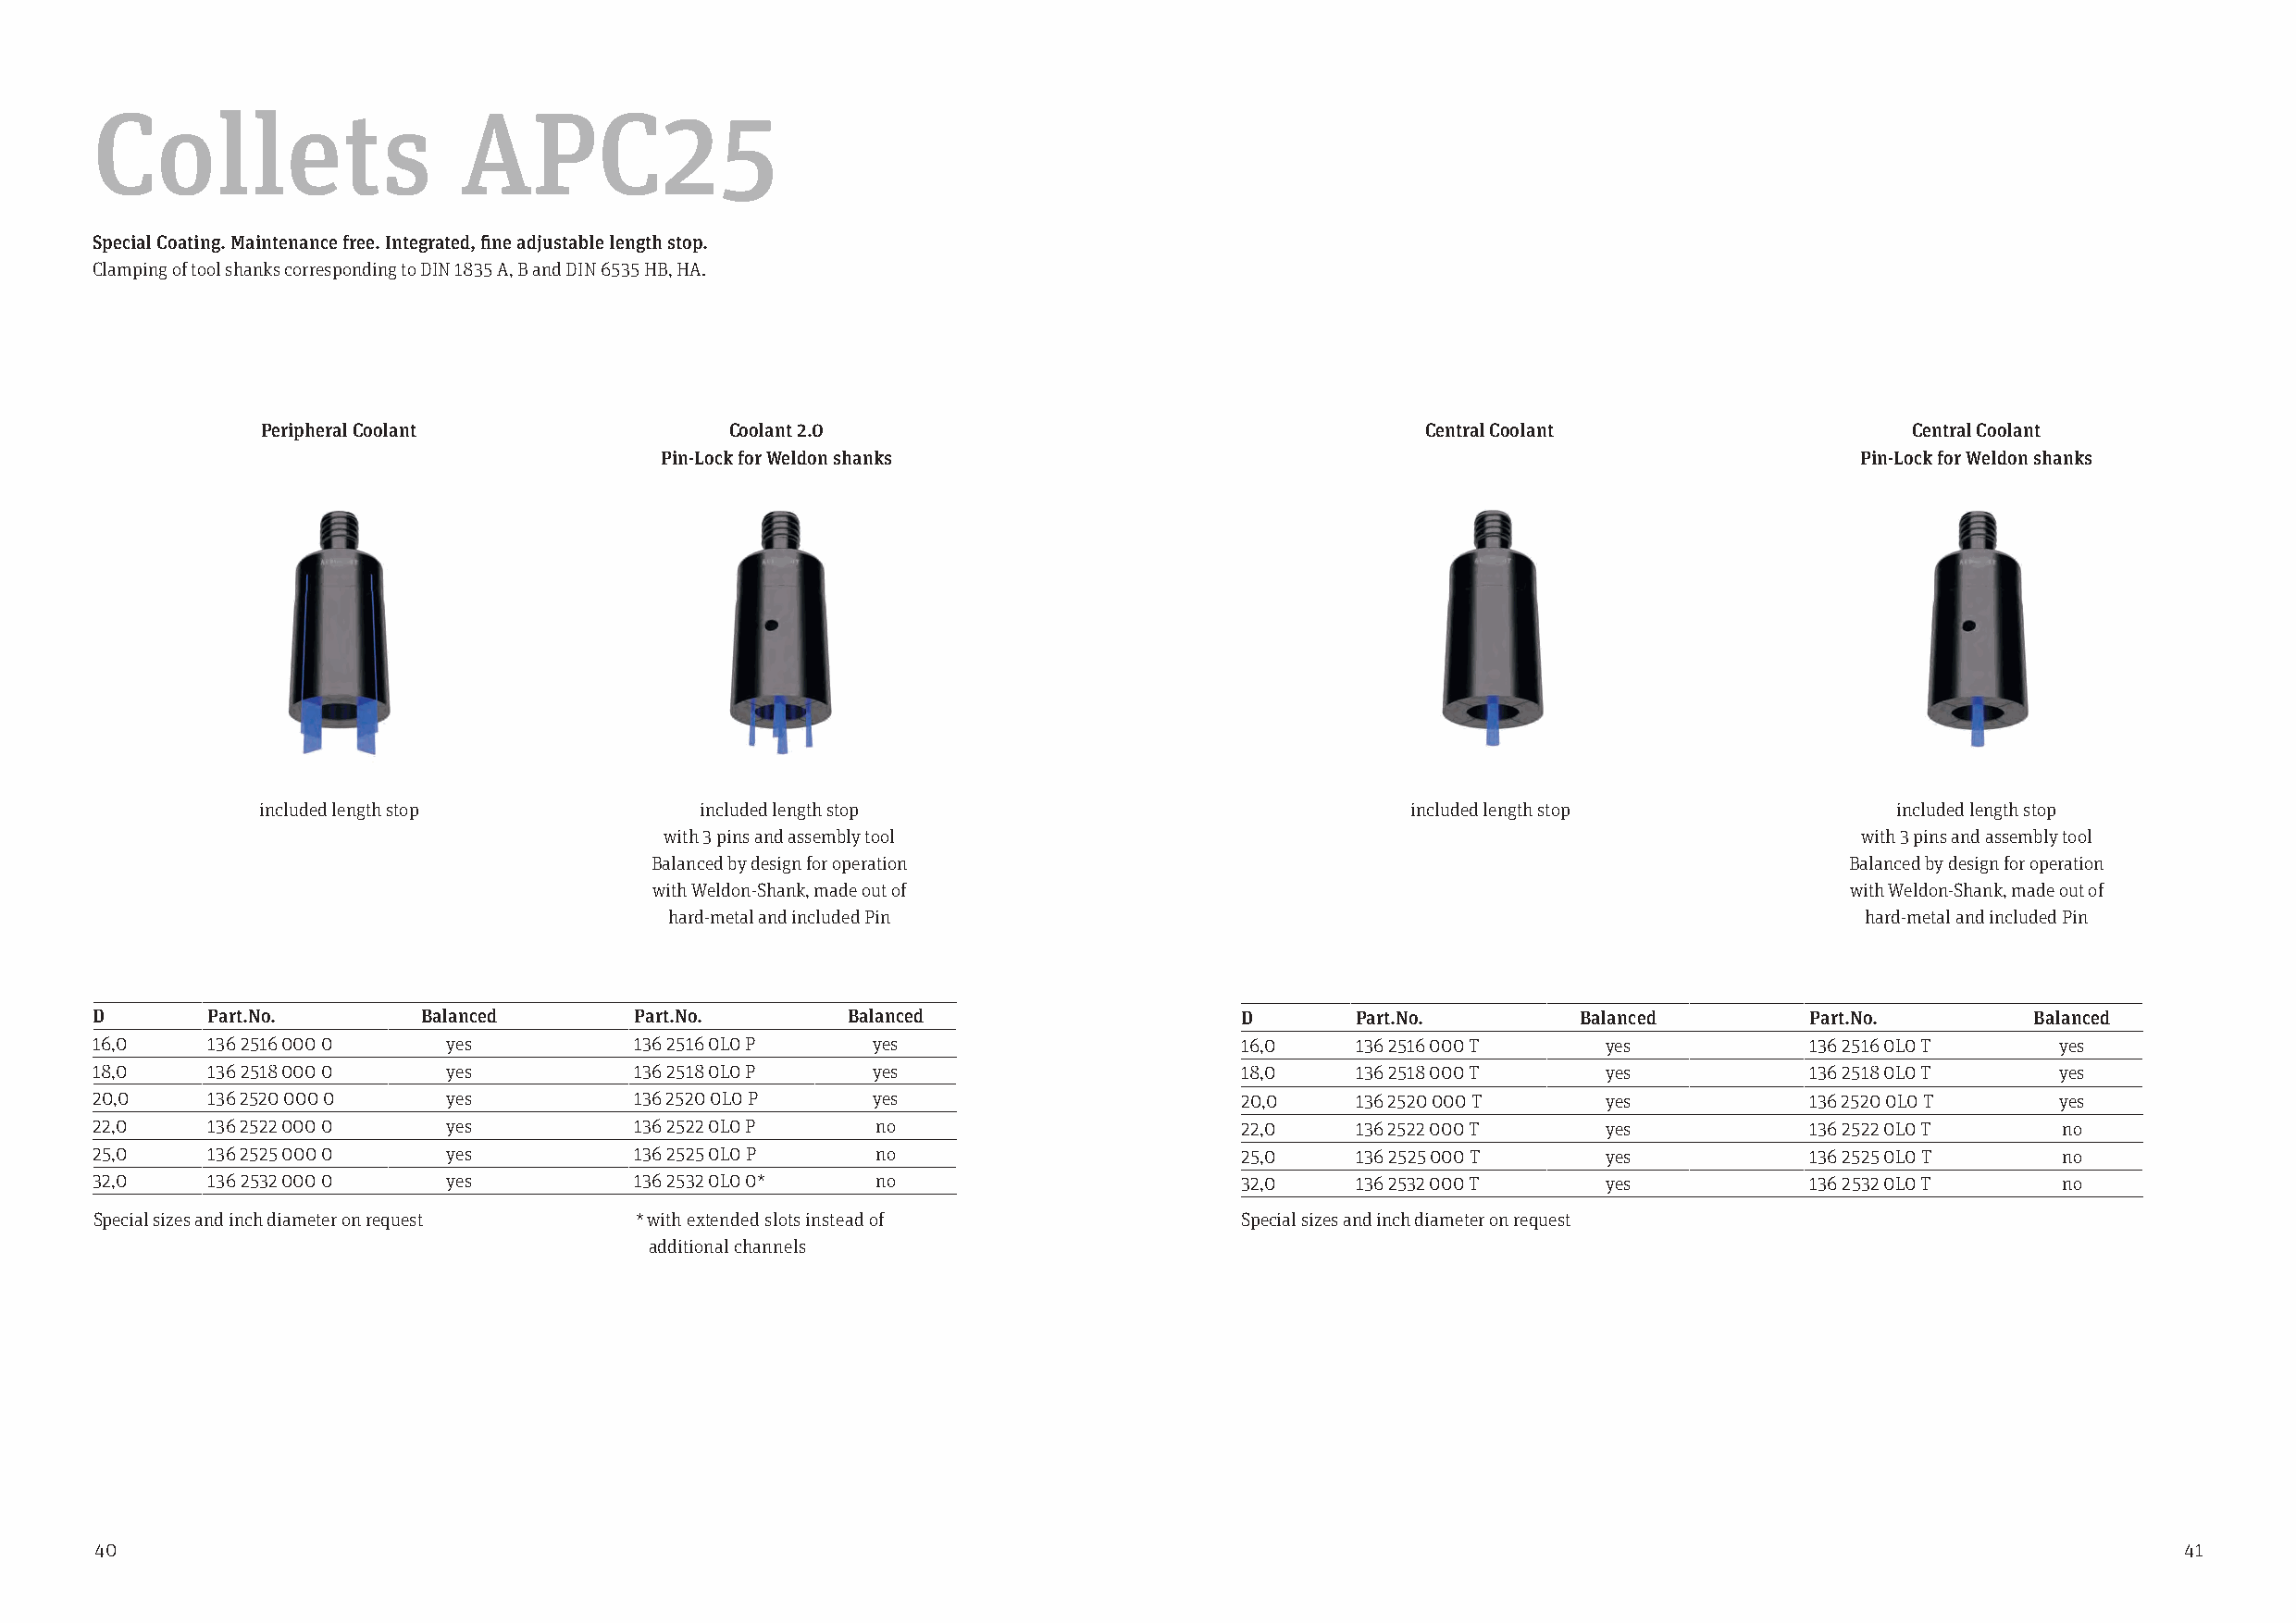
Collets                   APC25
 Special Coating. Maintenance free. Integrated, fine adjustable length stop.
 Clamping of tool shanks corresponding to DIN 1835 A, B and DIN 6535 HB, HA.
 Peripheral Coolant               Coolant 2.0                                       Central Coolant                    Central Coolant
 Pin-Lock for Weldon shanks                                                            Pin-Lock for Weldon shanks
 included length stop           included length stop                               included length stop               included length stop
 with 3 pins and assembly tool                                                         with 3 pins and assembly tool
 Balanced by design for operation                                                     Balanced by design for operation
 with Weldon-Shank, made out of                                                       with Weldon-Shank, made out of
 hard-metal and included Pin                                                          hard-metal and included Pin
 D       Part.No.       Balanced       Part.No.        Balanced                    D       Part.No.        Balanced        Part.No.        Balanced
 16,0    136 2516 000 0   yes          136 2516 0L0 P   yes                        16,0    136 2516 000 T    yes           136 2516 0L0 T    yes
 18,0    136 2518 000 0   yes          136 2518 0L0 P   yes                        18,0    136 2518 000 T    yes           136 2518 0L0 T    yes
 20,0    136 2520 000 0   yes          136 2520 0L0 P   yes                        20,0    136 2520 000 T    yes           136 2520 0L0 T    yes
 22,0    136 2522 000 0   yes          136 2522 0L0 P    no                        22,0    136 2522 000 T    yes           136 2522 0L0 T    no
 25,0    136 2525 000 0   yes          136 2525 0L0 P    no                        25,0    136 2525 000 T    yes           136 2525 0L0 T    no
 32,0    136 2532 000 0   yes          136 2532 0L0 0*   no                        32,0    136 2532 000 T    yes           136 2532 0L0 T    no
 Special sizes and inch diameter on request * with extended slots instead of       Special sizes and inch diameter on request
 additional channels
 40                                                                                                                                                   41